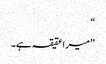
“
”میرا عقیقہ ہے۔